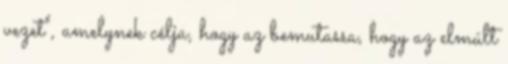
vezet", amelynek célja, hogy az bemutassa, hogy az elmúlt